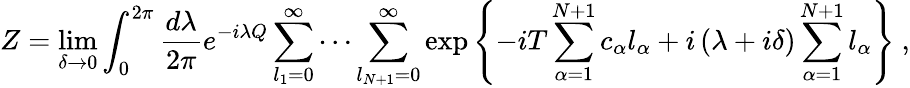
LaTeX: Z=\operatorname*{lim}_{\delta\to 0}\int_{0}^{2\pi}{\frac{d\lambda}{2\pi}}e^{-i\lambda Q}\sum_{l_{1}=0}^{\infty}\cdots\sum_{l_{N+1}=0}^{\infty}\exp{\left\{ {-iT\sum_{\alpha=1}^{N+1}c_{\alpha}l_{\alpha}+i\left(\lambda+i\delta\right)\sum_{\alpha=1}^{N+1}l_{\alpha}}\right\} }\ ,